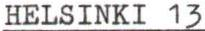
HELSINKI 13